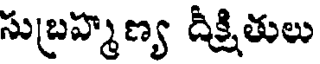
సుబ్రహ్మణ్య దీక్షితులు